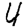
Digit: 4